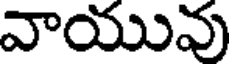
వాయువు